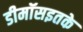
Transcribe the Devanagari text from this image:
डीमॉसइतके